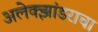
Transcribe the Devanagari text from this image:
अलेक्झांडराचा